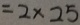
= 2 \times 2 5